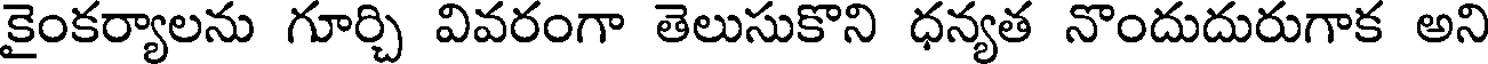
కైంకర్యాలను గూర్చి వివరంగా తెలుసుకొని ధన్యత నొందుదురుగాక అని